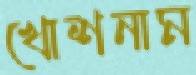
খোশনাম